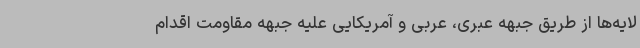
لایه‌ها از طریق جبهه عبری، عربی و آمریکایی علیه جبهه مقاومت اقدام